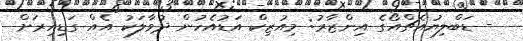
- ޑަބްލިޔުއެޗްއޯގެ އިންޒާރު: މިއުޒިކް އަޑުއެހުން ދުވާލަކު އެއް ގަޑިއިރަށް